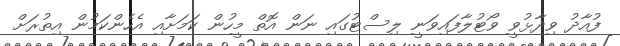
ފުއާދު ވިދާޅުވީ ވޯޓުލާފައިވަނީ ލިސްޓުގައި ނަން އޮތް މީހުން ކަމަށާއި އެހެންކަމުން އިތުރަށް